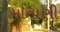
માનાણી